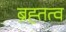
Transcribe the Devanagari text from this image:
ब्रह्तत्व